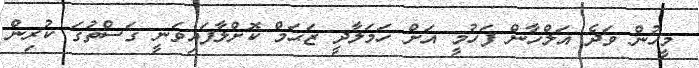
މީހުން ވަދެ އަލްހާން ފަހުމީ އަށް ހަމަލާދީ ޒަޙަމް ކޮށްލާފައިވަނީ ގަސްތުގަ ކުރިން